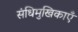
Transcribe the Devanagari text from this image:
संधिमुखिकाएँ